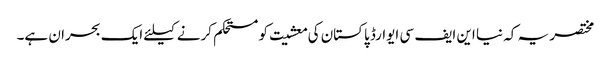
مختصر یہ کہ نیا این ایف سی ایوارڈ پاکستان کی معشیت کو مستحکم کرنے کیلئے ایک بحران ہے۔